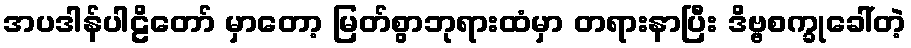
အပဒါန်ပါဠိတော် မှာတော့ မြတ်စွာဘုရားထံမှာ တရားနာပြီး ဒိဗ္ဗစက္ခုခေါ်တဲ့